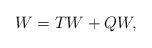
LaTeX: \begin{align*}W=TW+QW, \end{align*}